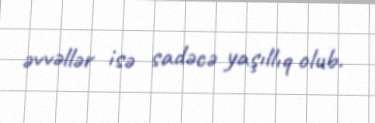
əvvəllər isə sadəcə yaşıllıq olub.